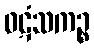
ဝဋံသကဉ္စ